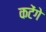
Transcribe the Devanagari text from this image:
कटेंगे